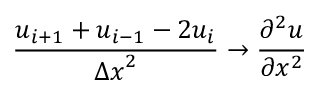
{ \frac { u _ { i + 1 } + u _ { i - 1 } - 2 u _ { i } } { { \Delta x } ^ { 2 } } } \to { \frac { \partial ^ { 2 } u } { \partial x ^ { 2 } } }